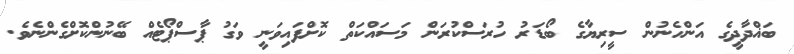
ބަޣްދާދީގެ އަންހެނުން ސީރިޔާގެ ބޯޑަރު ހުރަސްކުރަން މަސައްކަތް ކޮށްފައިވަނީ ވަގު ޕާސްޕޯޓެއް ބޭނުންކޮށްގެންނެވެ.